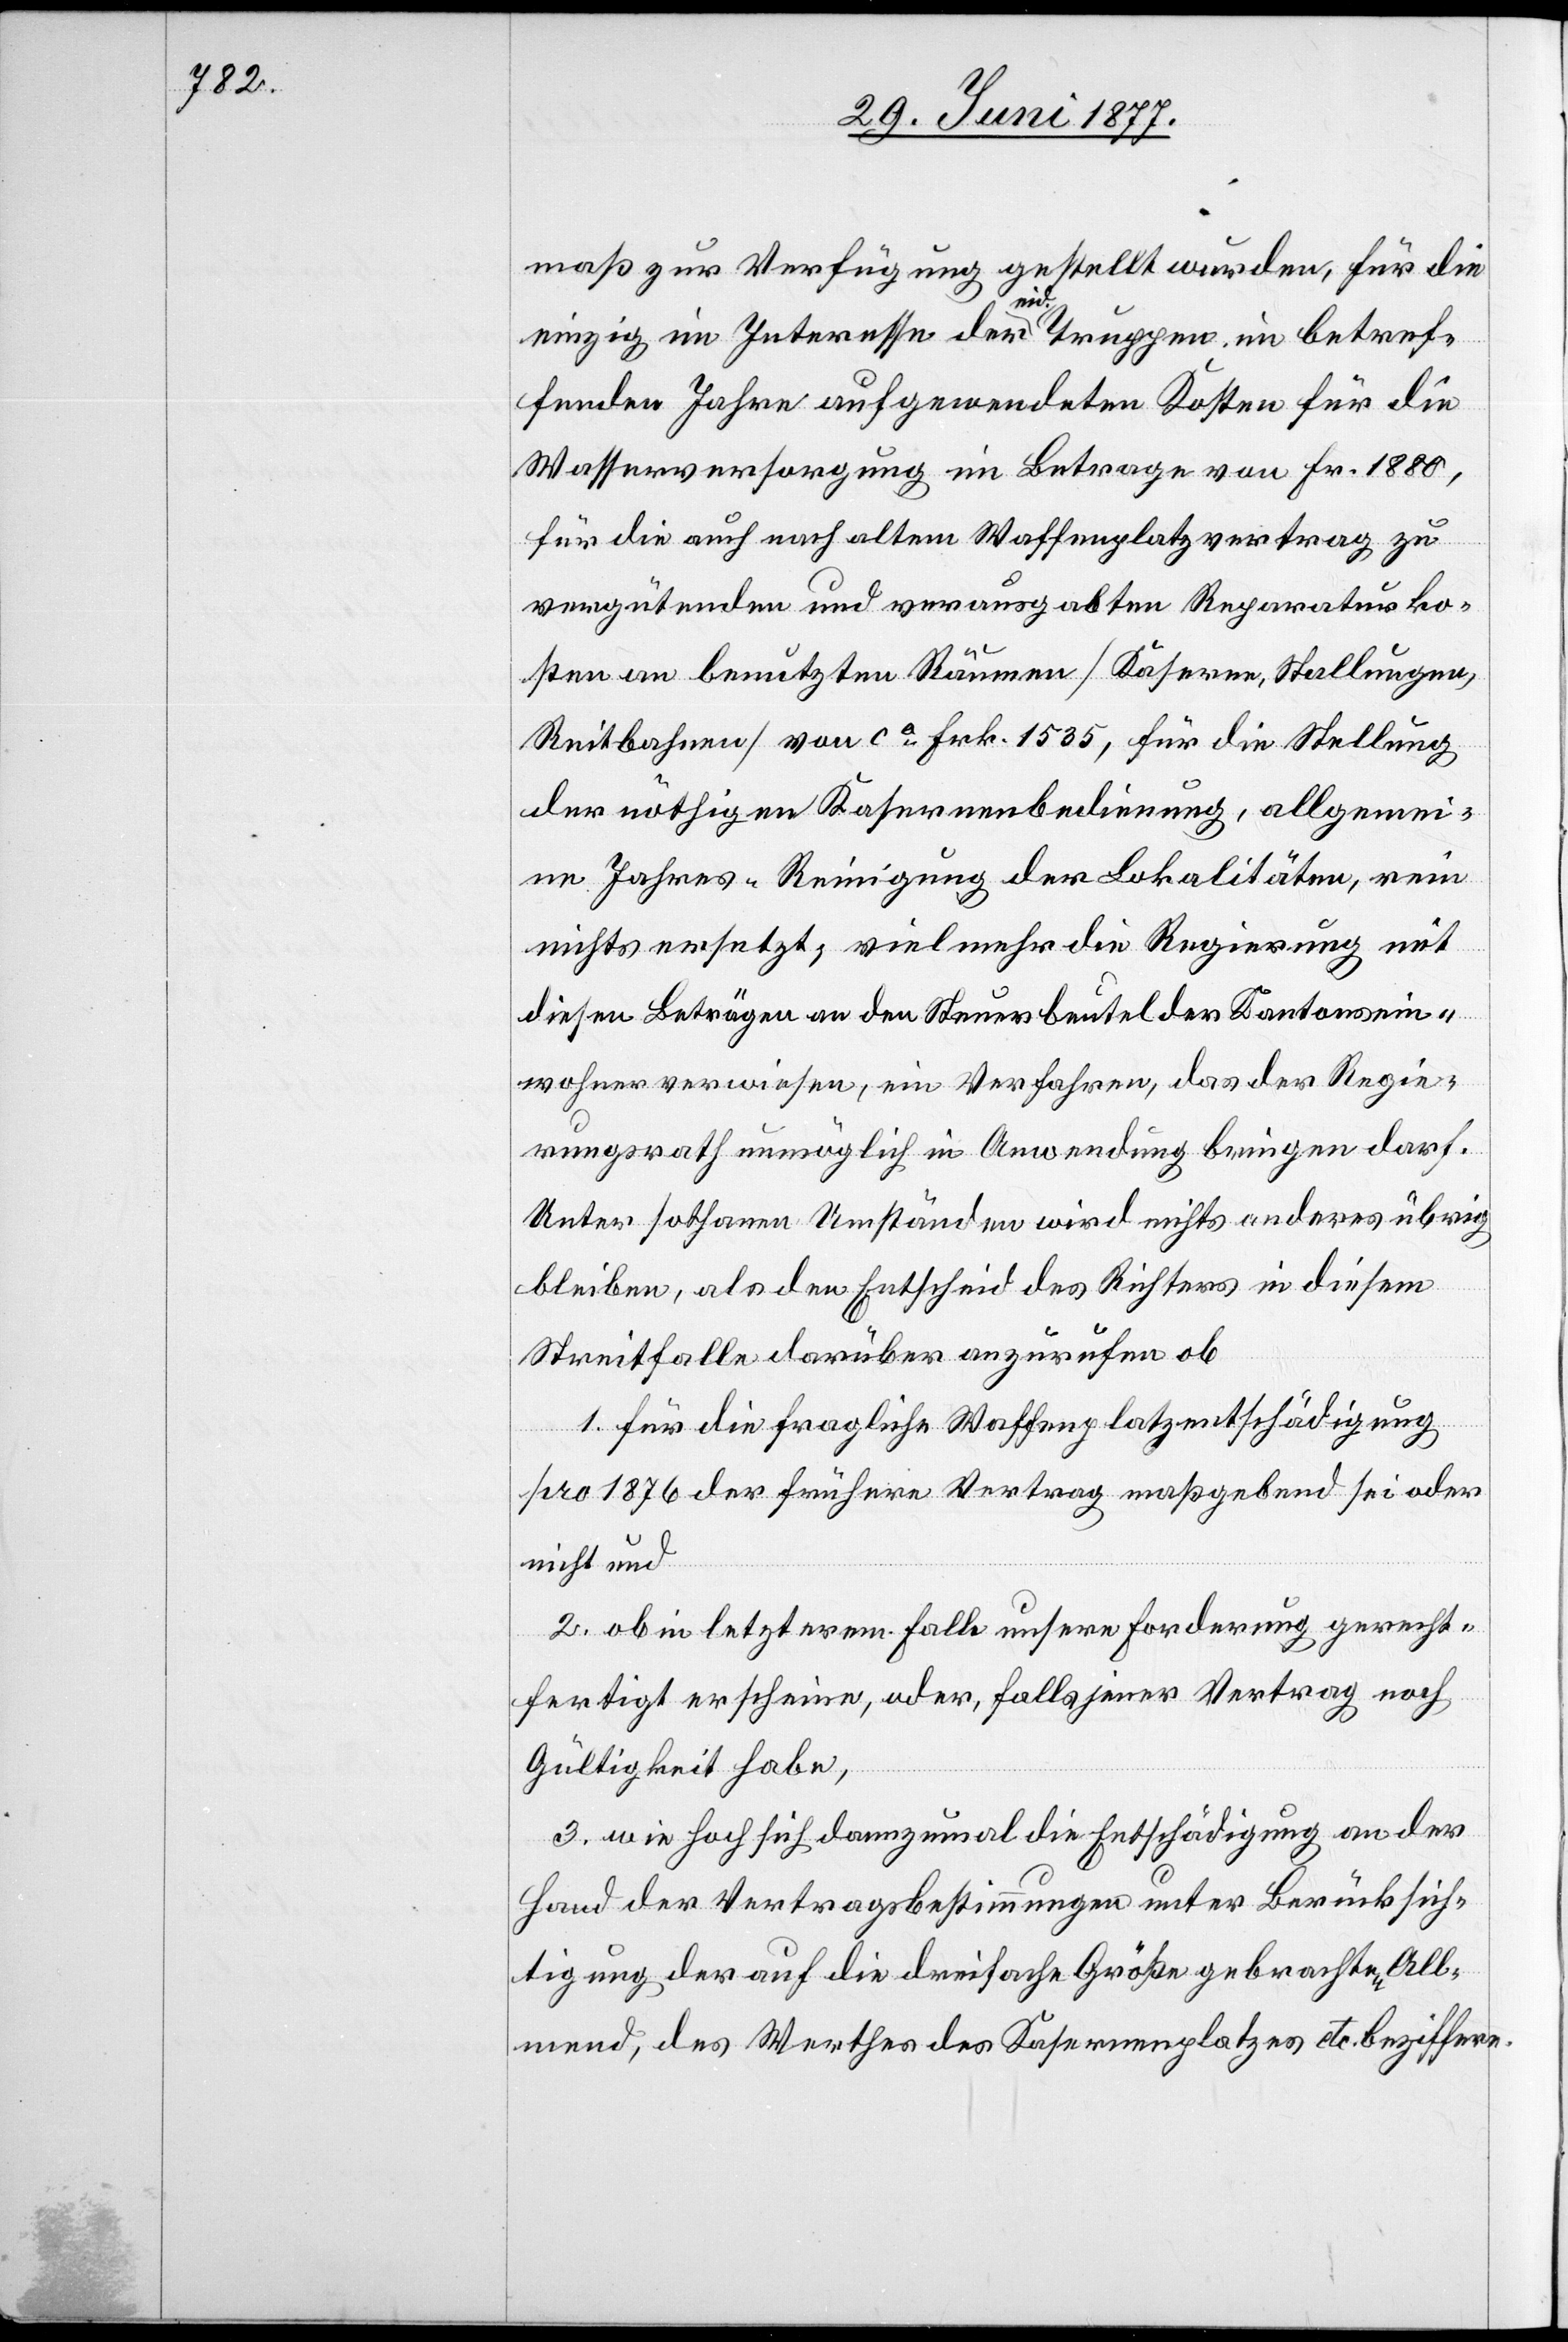
maß zur Verfügung gestellt wurden, für die
einzig im Interesse der eid. Truppen im betref¬
fenden Jahre aufgewendeten Kosten für die
Wasserversorgung im Betrage von Fr. 1880,
für die auch nach altem Waffenplatzvertrag zu
vergütenden und verausgabten Reparaturko¬
sten an benutzten Räumen [Kaserne, Stallungen,
Reitbahnen] von ca Frk. 1535, für die Stellung
der nöthigen Kasernenbedienung, allgemei¬
ne Jahres-Reinigung der Lokalitäten, rein
nichts ersetzt; vielmehr die Regierung mit
diesen Beträgen an den Steuerbeutel der Kantonsein¬
wohner verwiesen, ein Verfahren, das der Regie¬
rungsrath unmöglich in Anwendung bringen darf.
Unter sothanen Umständen wird nichts anderes übrig
bleiben, als den Entscheid des Richters in diesem
Streitfalle darüber anzurufen ob
1. für die fragliche Waffenplatzentschädigung
pro 1876 der frühere Vertrag maßgebend sei oder
nicht und
2. ob in letzterem Falle unsere Forderung gerecht¬
fertigt erscheine, oder, falls jener Vertrag noch
Gültigkeit habe,
3. wie hoch sich dannzumal die Entschädigung an der
Hand der Vertragsbestimmungen unter Berücksich¬
tigung der auf die dreifache Größe gebrachten All¬
mend, des Werthes des Kasernenplatzes etc. beziffere.